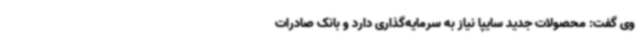
وی گفت: محصولات جدید سایپا نیاز به سرمایه‌گذاری دارد و بانک صادرات